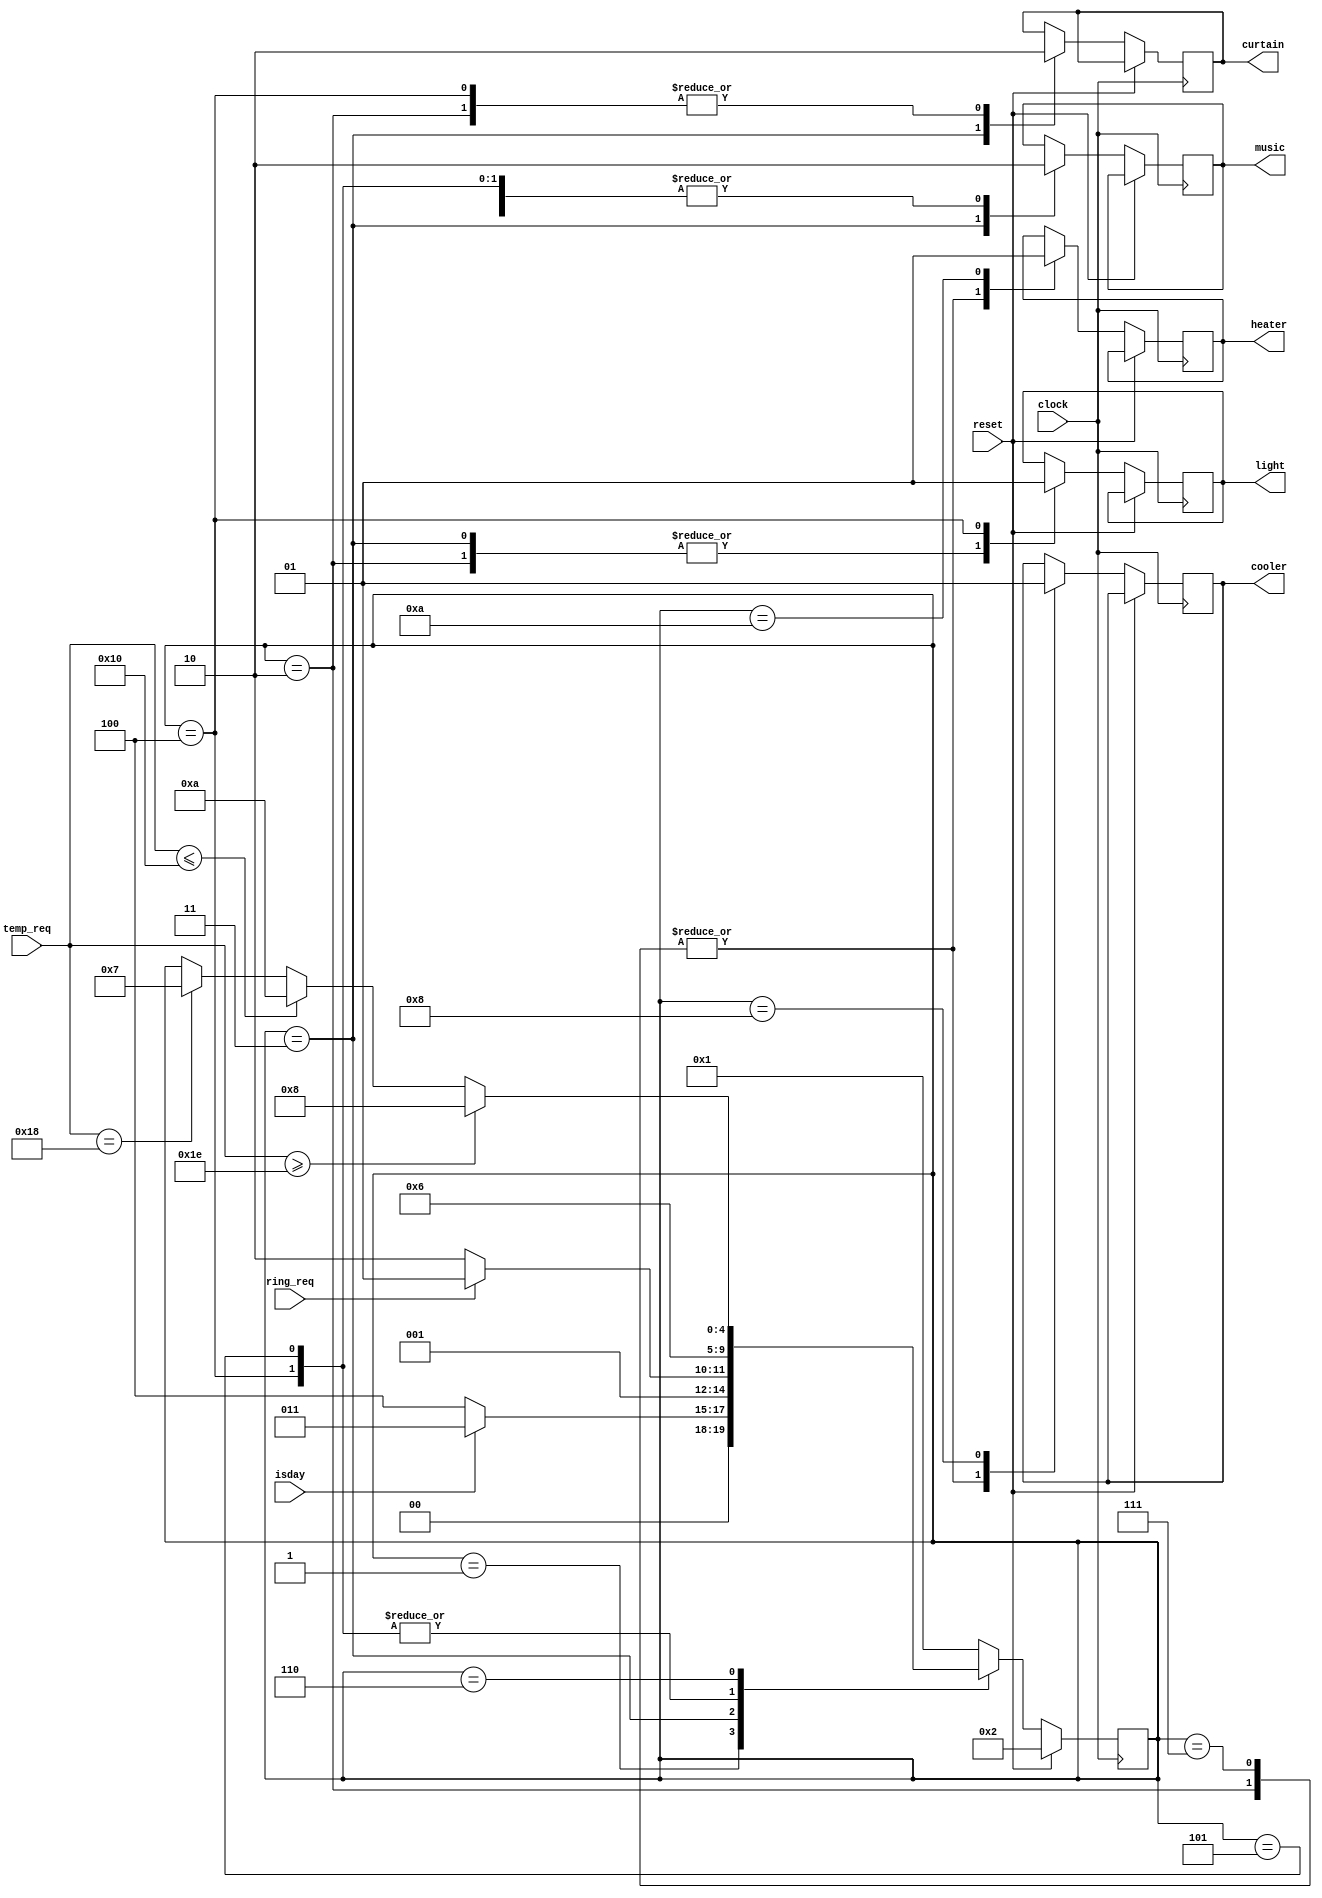
module SmartHouse (
    input clock,
    input reset,
    input isday,
    input ring_req,
    input [31:0]temp_req,
    output reg music,
    output reg curtain,
    output reg light,
    output reg cooler,
    output reg heater
);

parameter SIZE  = 5;
parameter IDLE  = 5'b00001;
parameter Init  = 5'b00010;
parameter Q2    = 5'b00011;
parameter Q3    = 5'b00100;
parameter Q4    = 5'b00101;
parameter Q5    = 5'b00110;
parameter Q6    = 5'b00111;
parameter Q7    = 5'b01000;
parameter Q8    = 5'b01010;

reg   [SIZE-1:0] state;

initial begin
    state = IDLE;
end

always @ (posedge clock)
begin : FSM
if (reset == 1'b1) 
    begin
        state <= Init;
    end 
else
    case(state)
    Init : 
    begin
        music <= 0;
        curtain <= 0;
        light <= 0;
        cooler <= 0;
        heater <= 0;
        state <= IDLE;
    end
    IDLE : 
        if (isday == 1'b1)
            state <= Q2;
        else
            state <= Q3;
    Q2: 
    begin
        curtain <= 1;
        music <= 1;
        light <= 0;
        if (ring_req == 1'b1) 
            state <= Q4;
        else 
            state <= Q5;
    end
    Q3:
    begin
        curtain <= 0;
        music <= 0;
        light <= 1;
        state <= Q5;
    end
    Q4:
    begin
        music <= 0;
        state <= Q5;
    end
    Q5: 
        if (temp_req >= 30)
            state <= Q7;
        else if (temp_req <= 16)
            state <= Q8;
        else if (temp_req == 24)
            state <= Q6;
        else
            ;
    Q6: 
    begin
        cooler <= 0;
        heater <= 0;
        state <= IDLE;
    end
    Q7: 
    begin
        cooler <= 1;
        state <= IDLE;
    end
    Q8:
    begin
        heater <= 1;
        state <= IDLE;
    end
    default: 
        state <= IDLE;
    endcase
end

endmodule